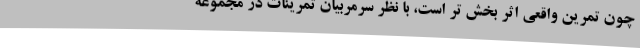
چون تمرین واقعی اثر بخش تر است، با نظر سرمربیان تمرینات در مجموعه